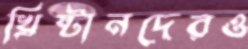
খ্রিষ্টানদেরও